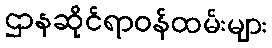
ဌာနဆိုင်ရာဝန်ထမ်းများ